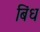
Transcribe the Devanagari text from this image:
बिंध